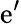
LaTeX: \mathrm{e}^{\prime}